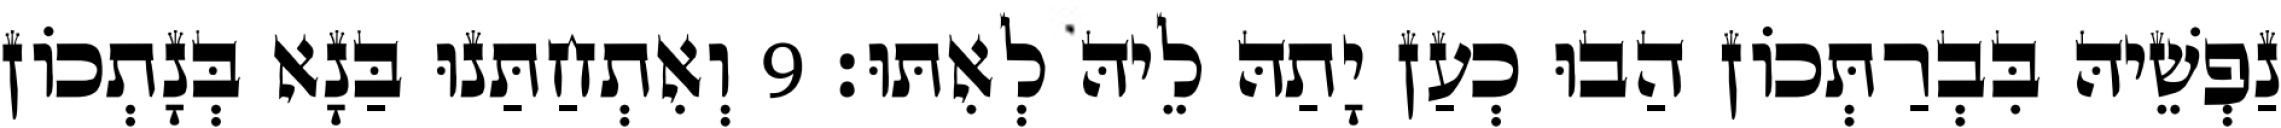
נַפְשֵׁיהּ בִּבְרַתְּכוֹן הַבוּ כְעַן יָתַהּ לֵיהּ לְאִתּוּ׃ 9 וְאִתְחַתַּנוּ בַּנָא בְּנָתְכוֹן